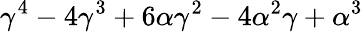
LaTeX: \gamma^{4}-4\gamma^{3}+6\alpha\gamma^{2}-4\alpha^{2}\gamma+\alpha^{3}